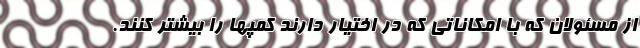
از مسئولان که با امکاناتی که در اختیار دارند کمپها را بیشتر کنند.